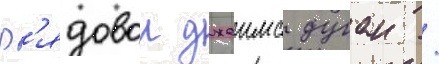
Р'ядовои джеимс дуган /